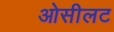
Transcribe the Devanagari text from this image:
ओसीलट